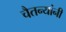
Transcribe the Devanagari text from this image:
चैतन्यांनी